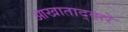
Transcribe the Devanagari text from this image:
आखाताद्वारे